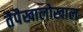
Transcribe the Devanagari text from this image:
तैपैखालोखाल